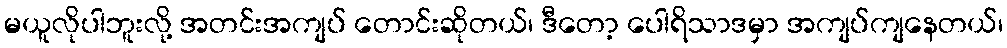
မယူလိုပါဘူးလို့ အတင်းအကျပ် တောင်းဆိုတယ်၊ ဒီတော့ ပေါရိသာဒမှာ အကျပ်ကျနေတယ်၊